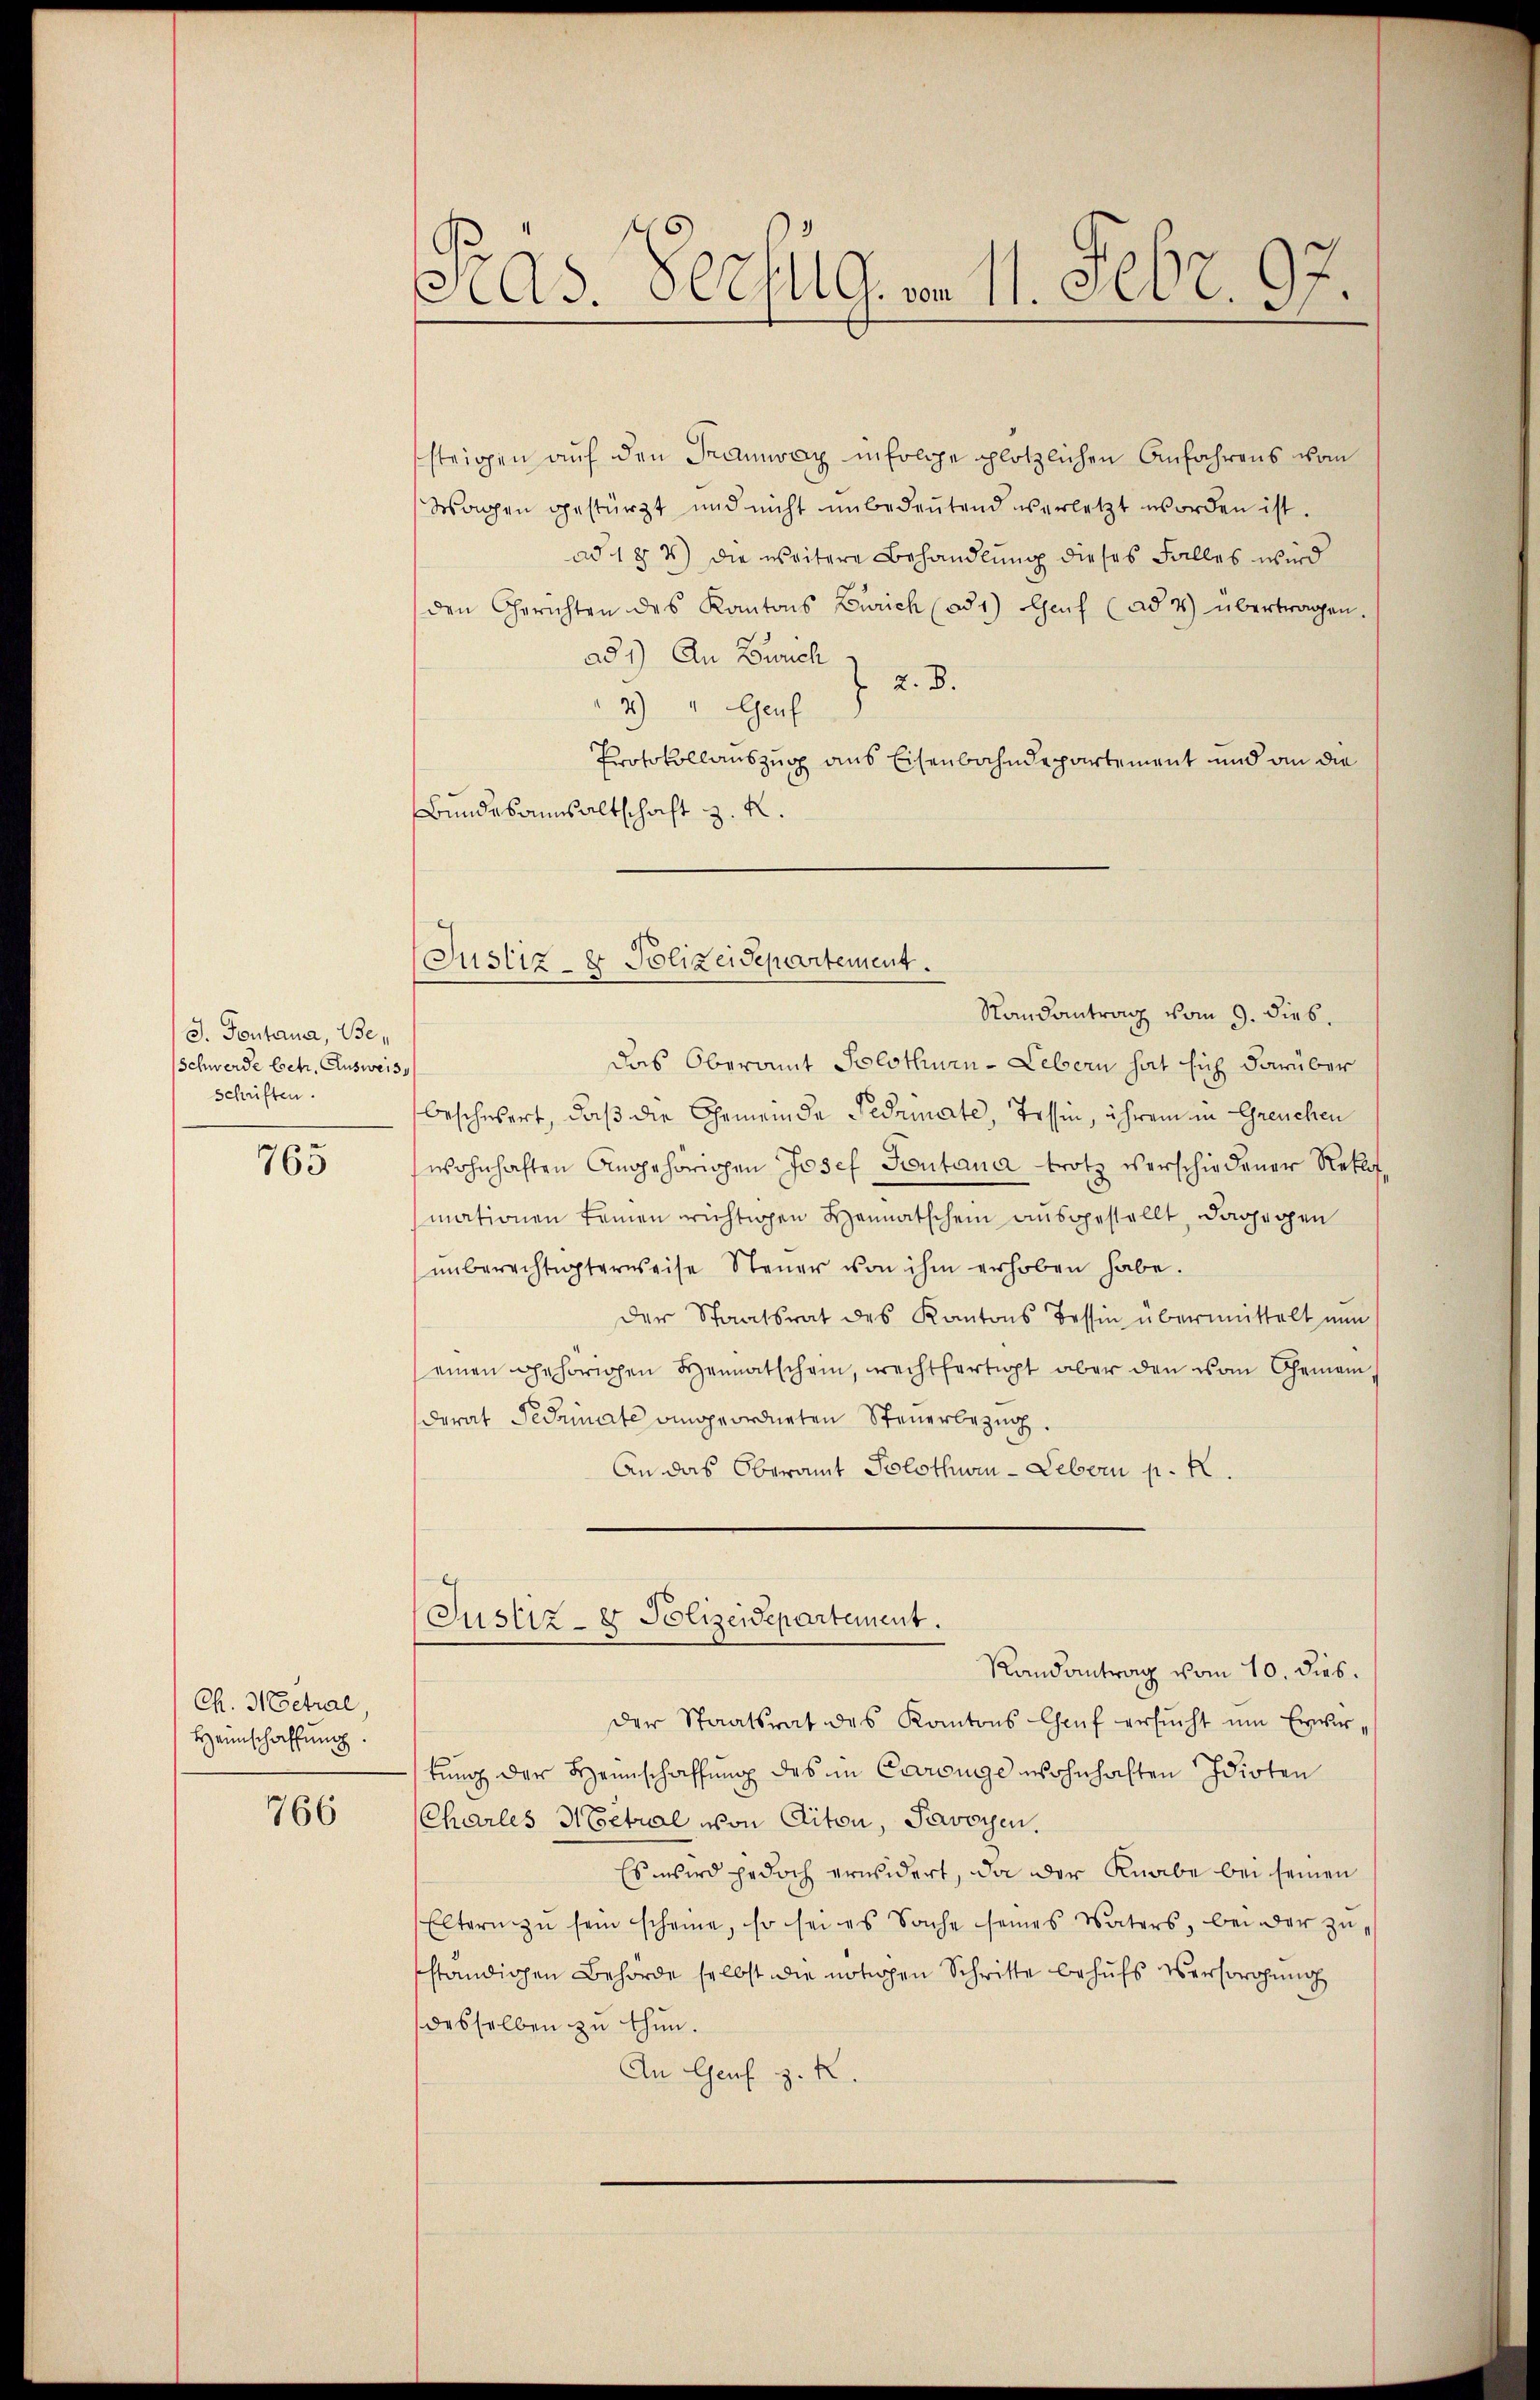
J. Fontana, Be¬
Schwerde betr. Ausweiss
schriften.
765

Ch. Moetral,
Heimschaffung.

766

As. Recht G. von 11. Febr. 9

steigen auf den Tramway infolge plötzlichen Anfahrens vom
Wagen gestürzt und nicht unbedeŭtend verletzt worden ist.
ad 1 § 7) die weitere Behandlung dieses Falles wird
den Gerichten des Kantons Zürich (ad 1) Genf (ad 4) übertragen.
ad 1.) An Zürich 7 v. 8.
2) " Genf
Protokollauszug aus Eisenbahndepartement und an die
Bundesansaltschaft z. K.
Randantrag vom 9. dies.
das Oberamt Solothurn - Lebern hat sich darüber
beschwert, daß die Gemeinde Pedamnate, Tessin, ihrem in Greuchen
wohnhaften Angehörigen Josef Pontana trotz verschiedener Rekla
mationen keinen richtigen Heimatschein ausgestellt, dagegen
ŭnberechtigterweise Steŭer von ihm erhoben habe.
der Staatsrat des Kantons Tessin übermittelt nun
einen gehörigen Heimatschein, rechtfertigt aber den von Gemein
derat Pedamnate angeordneten Steuerbezug
An das Oberamt Solothwen-Lebern p. K.
Justiz- & Polizeidepartement.
Randantrag vom 10. dies.
der Staatsrat des Kantons Chef ersŭcht um Erwirtung der Heimschaffung des in Carenge wohnhaften Idioten
Charles H Coetral von Aiton, Savoyen.
Es wird jedoch erwidert, da der Knabe bei seinen
Eltern zŭ sein scheine, so sei es Sache seines Vaters, bei der zŭ-
sständigen Behörde selbst die nötigen Schritte behufs Versorgung
desselben zu thun.
An Genf z. R.

(Justiz- & Polizeidepartement.